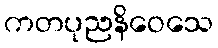
ကတပုညနိဝေသေ